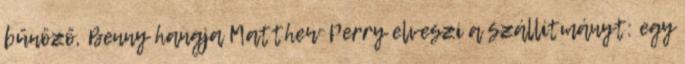
bűnöző, Benny hangja Matthew Perry elveszi a szállítmányt: egy